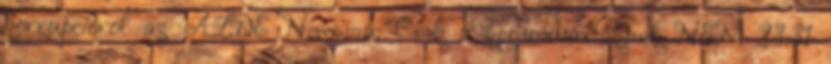
korrupcióról az ALDE Newman: Csak a kommunistáknak NEM 23:31